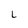
Character: L